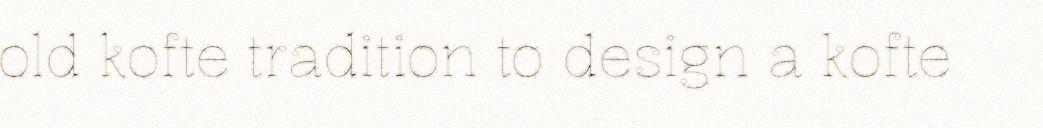
old kofte tradition to design a kofte